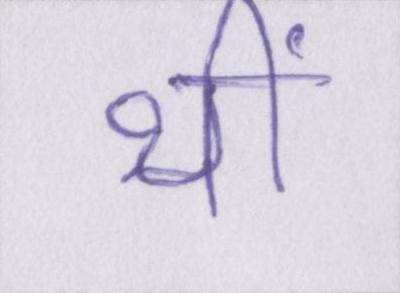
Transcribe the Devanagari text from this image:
थीं